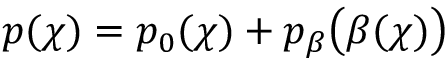
p ( \chi ) = p _ { 0 } ( \chi ) + p _ { \beta } \bigl ( \beta ( \chi ) \bigr )